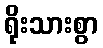
ရိုးသားစွာ